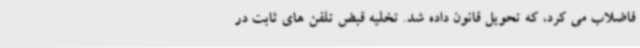
فاضلاب می کرد، که تحویل قانون داده شد. تخلیه قبض تلفن های ثابت در